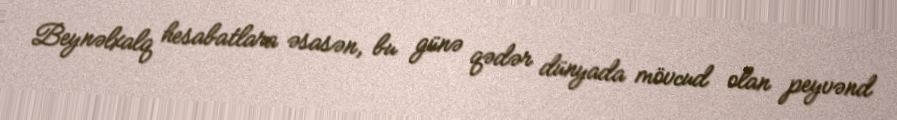
Beynəlxalq hesabatlara əsasən, bu günə qədər dünyada mövcud olan peyvənd